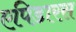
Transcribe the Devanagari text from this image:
एपिडारस